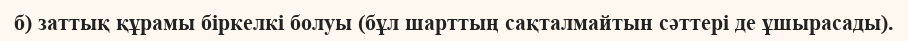
б) заттық құрамы біркелкі болуы (бұл шарттың сақталмайтын сәттері де ұшырасады).